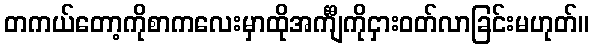
တကယ်တော့ကိုစာကလေးမှာထိုအင်္ကျီကိုငှားဝတ်လာခြင်းမဟုတ်။